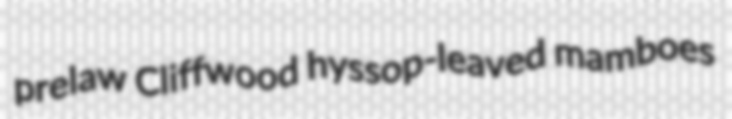
prelaw Cliffwood hyssop-leaved mamboes